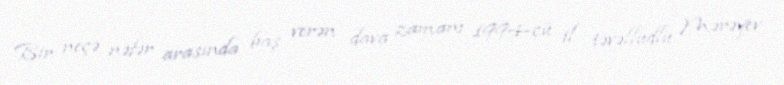
Bir neçə nəfər arasında baş verən dava zamanı 1994-cü il təvəllüdlü Mərəyev